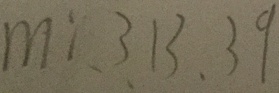
m : 3 1 3 . 3 9